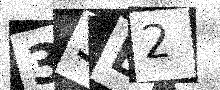
Text: 33B2